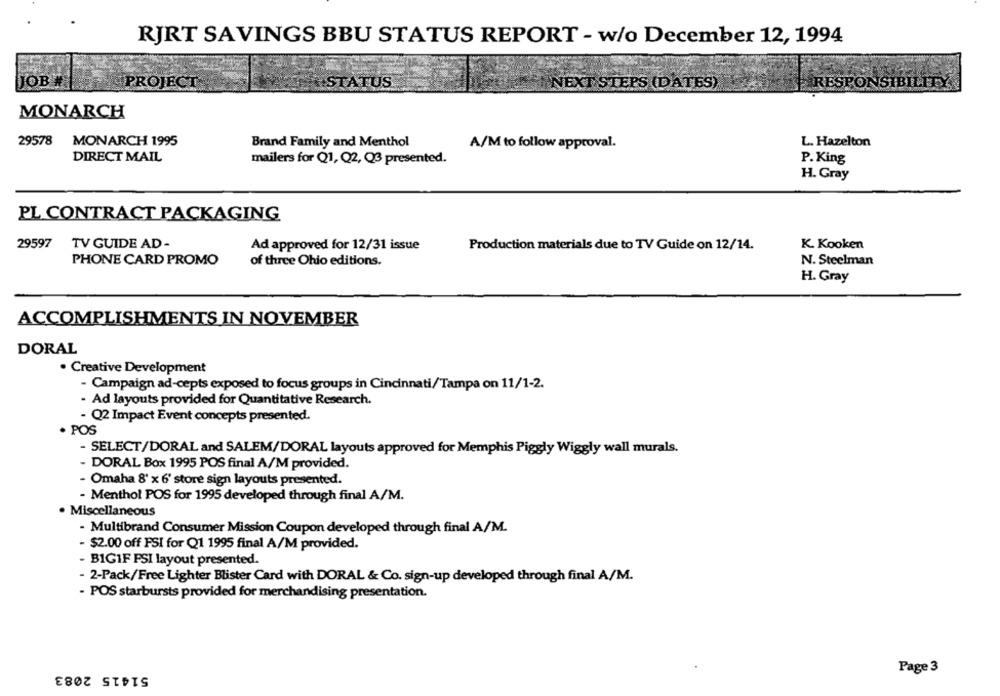
RJRT SAVINGS BBU STATUS REPORT - w/o December 12, 1994
JOB #
PROJECT
ESTATUS
RESPONSIBILITY
NEXT STEPS (DATES)
MONARCH
29578 MONARCH 1995
Brand Family and Menthol
A/M to follow approval.
L. Hazelton
DIRECT MAIL
mailers for Q1, Q2, Q3 presented.
P. King
H. Gray
PL CONTRACT PACKAGING
29597
TV GUIDE AD -
K. Kooken
Ad approved for 12/31 issue
Production materials due to TV Guide on 12/14.
PHONE CARD PROMO
of three Ohio editions.
N. Steelman
H. Gray
ACCOMPLISHMENTS IN NOVEMBER
DORAL
· Creative Development
- Campaign ad-cepts exposed to focus groups in Cincinnati/Tampa on 11/1-2.
- Ad layouts provided for Quantitative Research.
- Q2 Impact Event concepts presented.
· POS
- SELECT/DORAL and SALEM/DORAL layouts approved for Memphis Piggly Wiggly wall murals.
- DORAL Box 1995 POS final A/M provided.
- Omaha 8' x 6' store sign layouts presented.
- Menthol POS for 1995 developed through final A/M.
Miscellaneous
- Multibrand Consumer Mission Coupon developed through final A/M.
- $2.00 off PSI for Q1 1995 final A/M provided.
- BIGIF PSI layout presented.
- 2-Pack/Free Lighter Blister Card with DORAL & Co. sign-up developed through final A/M.
- POS starbursts provided for merchandising presentation.
51415 2083
Page 3